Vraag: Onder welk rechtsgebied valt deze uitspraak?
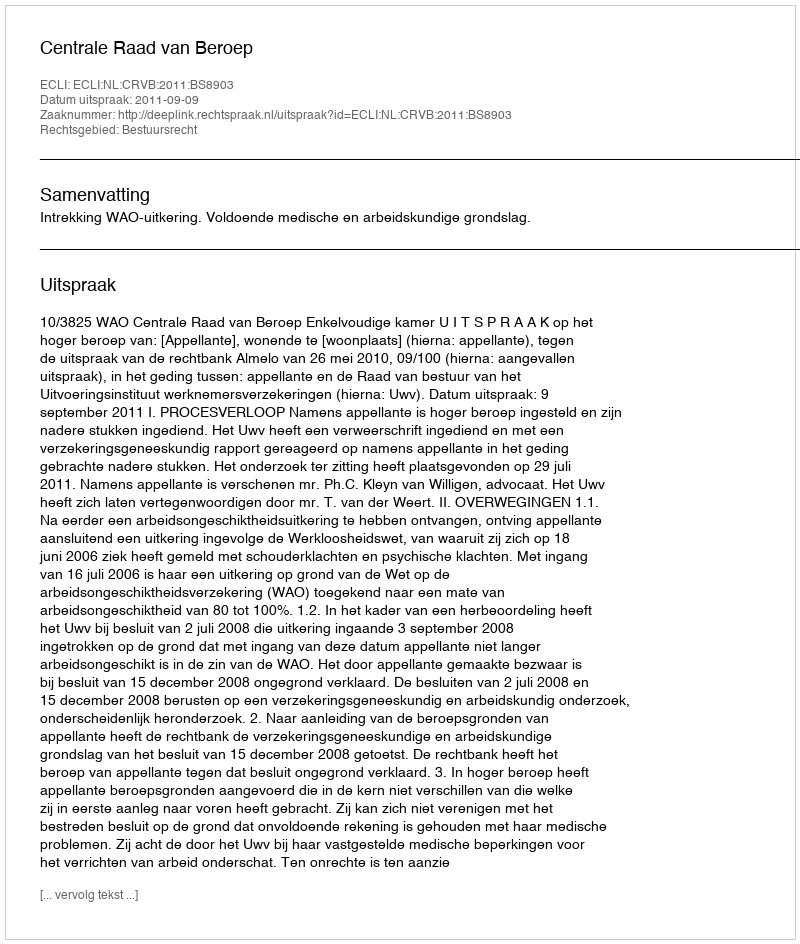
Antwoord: Bestuursrecht